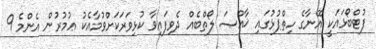
ފުޓްބޯޅައަކީ އޭނާގެ ހިތްޕުޅުގައި ޚާއްޞަ ލޯތްބެއް ދެވިފައިވާ ކުޅިވަރަކަށްވުމާއެކު ޢުމުރުން އެންމެ 9